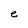
Character: e